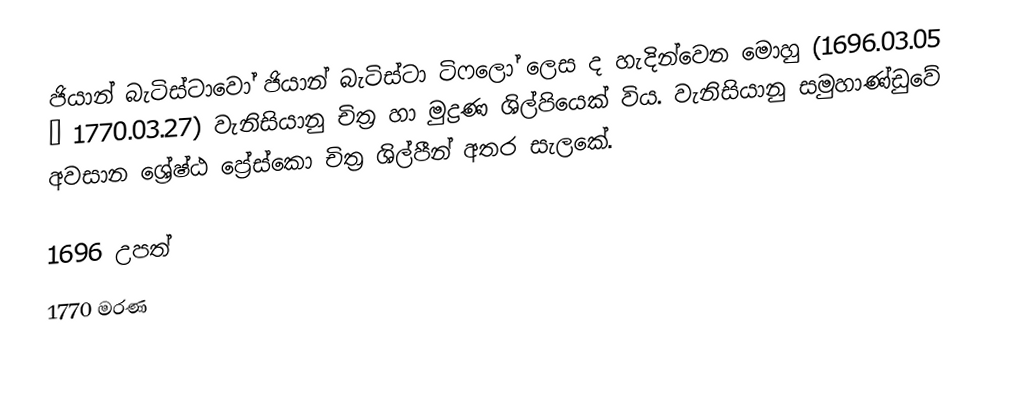
ජියාන් බැටිස්ටාවෝ ජියාන් බැටිස්ටා ටිෆලෝ ලෙස ද හැදින්වෙන මොහු (1696.03.05 – 1770.03.27) වැනිසියානු චිත්‍ර හා මුද්‍රණ ශිල්පියෙක් විය. වැනිසියානු සමුහාණ්ඩුවේ අවසාන ශ්‍රේෂ්ඨ ප්‍රේස්කො චිත්‍ර ශිල්පීන් අතර සැල‍කේ.

1696 උපත්
1770 මරණ